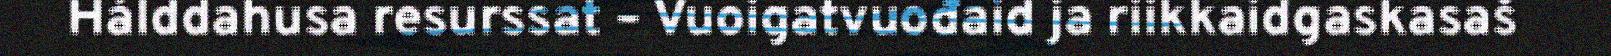
Hálddahusa resurssat – Vuoigatvuođaid ja riikkaidgaskasaš